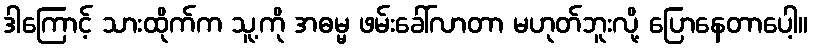
ဒါကြောင့် သားထိုက်က သူ့ကို အဓမ္မ ဖမ်းခေါ်လာတာ မဟုတ်ဘူးလို့ ပြောနေတာပေါ့။